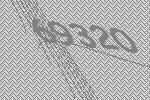
69320